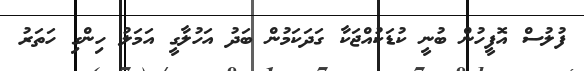
ފުލުސް އޮފީހުން ބުނީ ކުޑަކުއްޖަކާ ގަދަކަމުން ބަދު އަހުލާގީ އަމަލު ހިންގި ހަތަރު